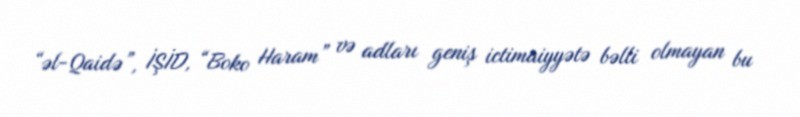
“əl-Qaidə”, İŞİD, “Boko Haram” və adları geniş ictimaiyyətə bəlli olmayan bu